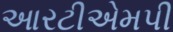
આરટીએમપી